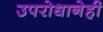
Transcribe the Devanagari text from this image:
उपरोधानेही